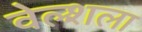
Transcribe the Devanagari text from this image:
वेल्शला